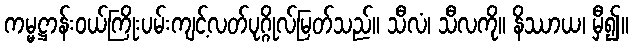
ကမ္မဋ္ဌာန်းဝယ်ကြိုးပမ်းကျင့်လတ်ပုဂ္ဂိုလ်မြတ်သည်။ သီလံ၊ သီလကို။ နိဿာယ၊ မှီ၍။